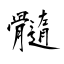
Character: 髓